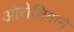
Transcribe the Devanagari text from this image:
ओरोशिगाने